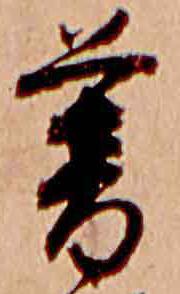
暮